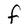
Character: F